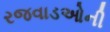
રજવાડઓની